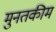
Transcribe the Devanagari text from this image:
मुनतकीम